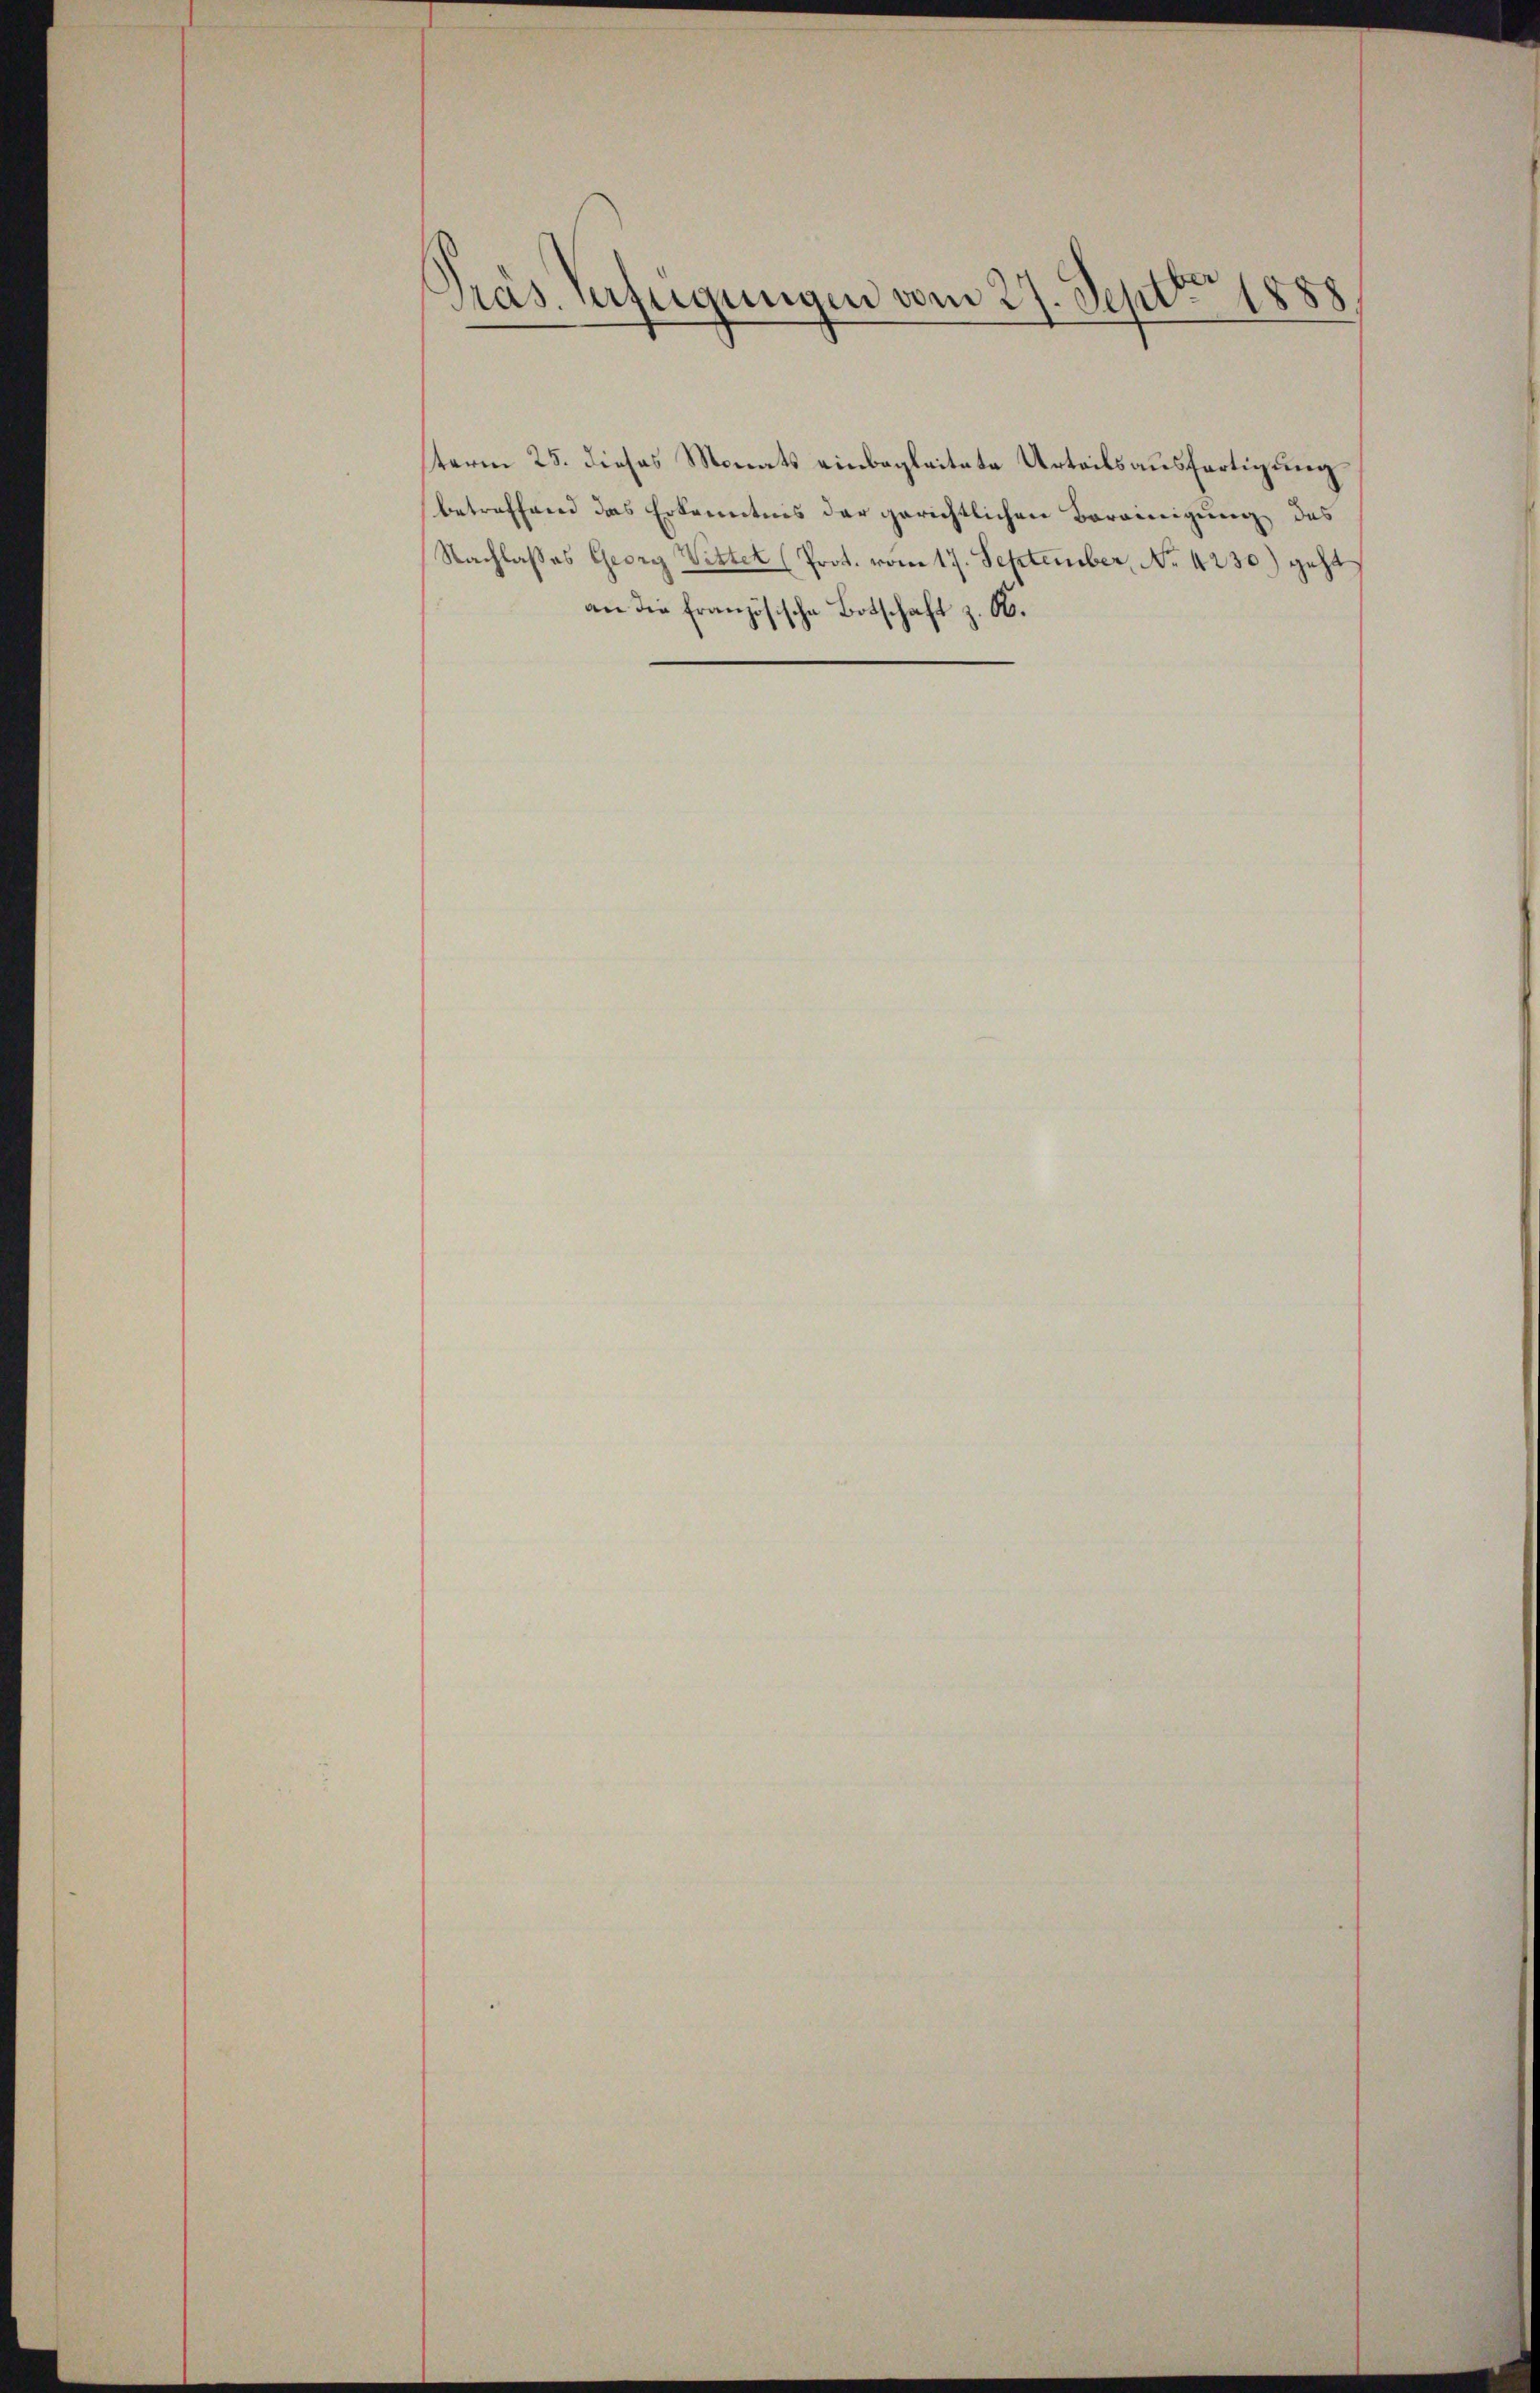
Präs. Verfügungen vom 27. Sept. 1888

sterm 25. dieses Monats einbegleitete Urteilsausfertigung
betreffend das Erkenntnis der gerichtlichen Bereinigung des
Nachlasses Georg Wittel (Prot. vom 17. September, No. 4230) geht
an die französische Botschaft z. B.